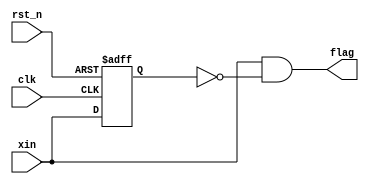
module uppulsecheck(rst_n,clk,xin,flag);
input rst_n,clk,xin;
output flag;
reg xin_old;
wire flag;
always@(posedge clk or negedge rst_n)
 begin
  if (!rst_n)
      xin_old<=0;
  else
      xin_old<=xin;
 end

assign  flag=(xin&&(~xin_old));
endmodule